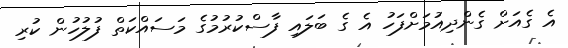
އެ ގެއަށް ގެންދިއުމަށްފަހު އެ ގެ ބަލައި ފާސްކުރުމުގެ މަސައްކަތް ފުލުހުން ކުރި